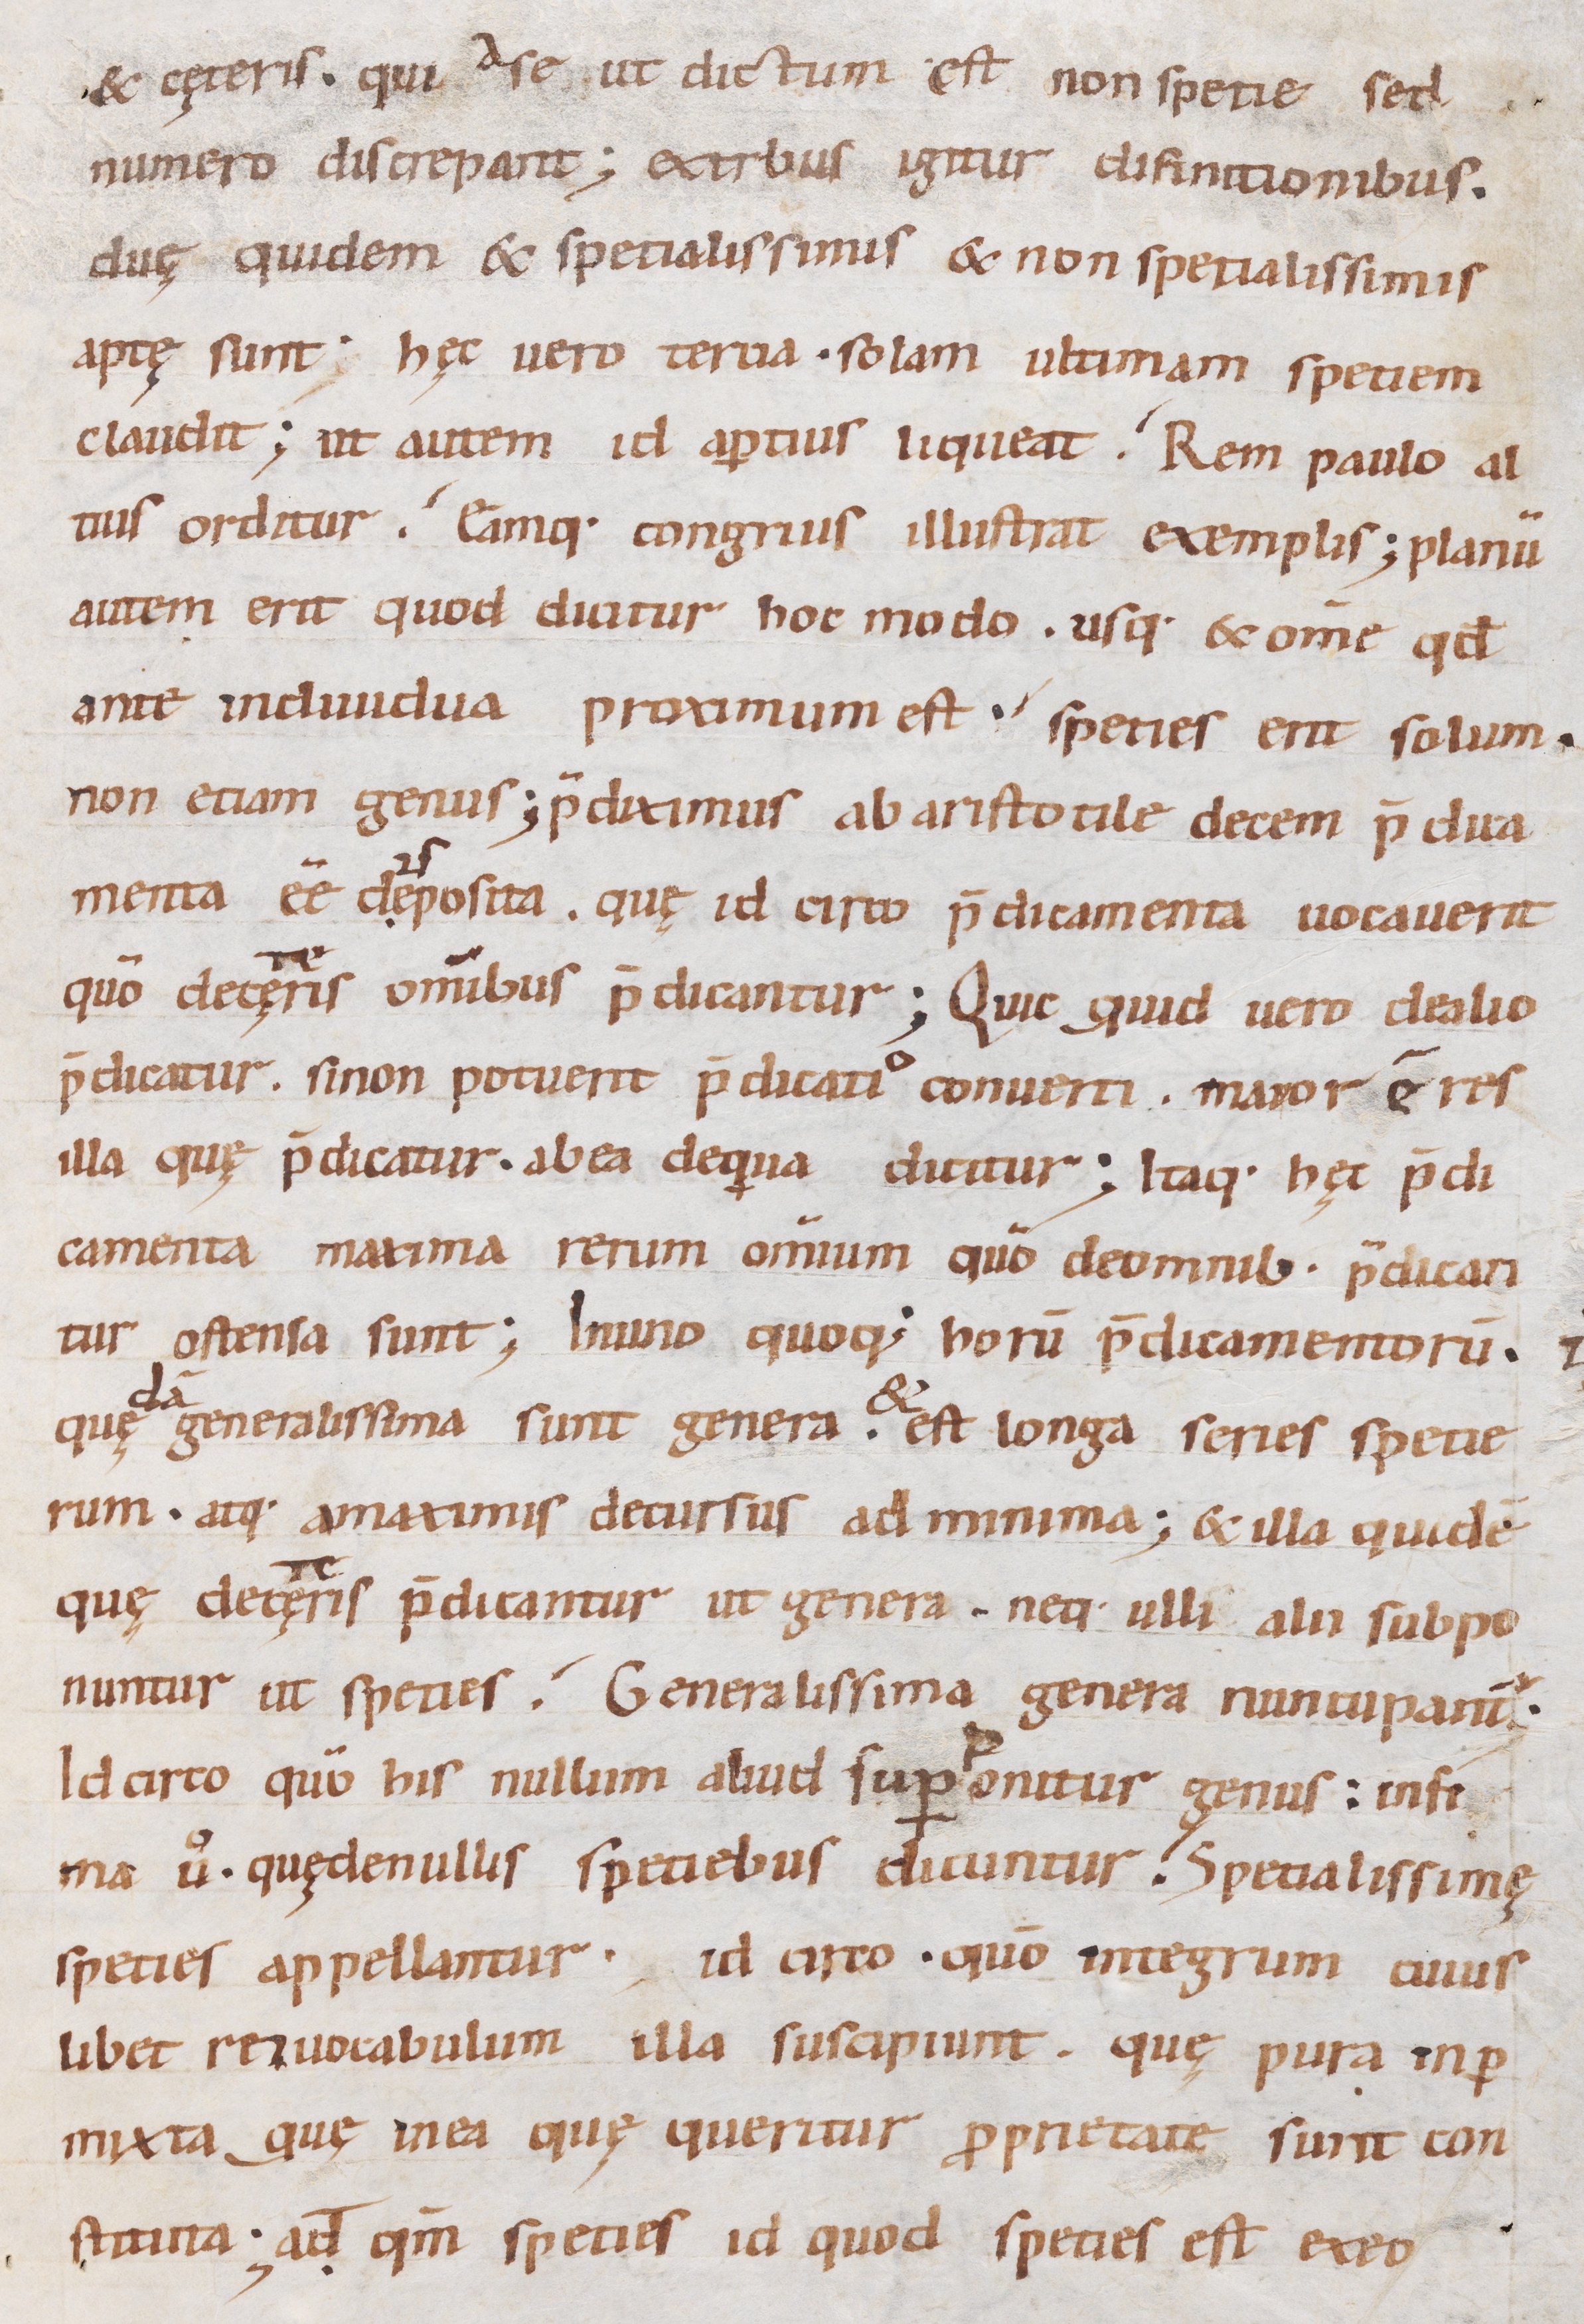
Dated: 900–999